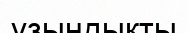
үзындықты